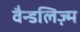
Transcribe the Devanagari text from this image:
वैन्डलिज़्म